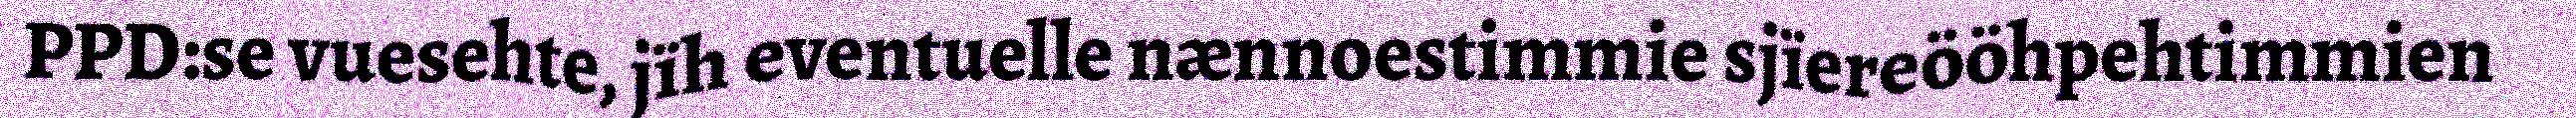
PPD:se vuesehte, jïh eventuelle nænnoestimmie sjïereööhpehtimmien